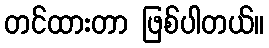
တင်ထားတာ ဖြစ်ပါတယ်။